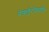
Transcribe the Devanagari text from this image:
पेर्फ़्लुरोकर्बोन